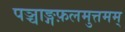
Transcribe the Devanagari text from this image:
पञ्चाङ्गफ़लमुत्तमम्